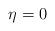
LaTeX: \begin{align*}\eta = 0\end{align*}